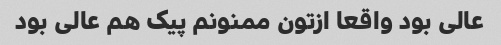
عالی بود واقعا ازتون ممنونم پیک هم عالی بود